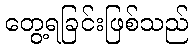
တွေ့ရခြင်းဖြစ်သည်